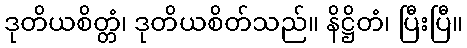
ဒုတိယစိတ္တံ၊ ဒုတိယစိတ်သည်။ နိဋ္ဌိတံ၊ ပြီးပြီ။